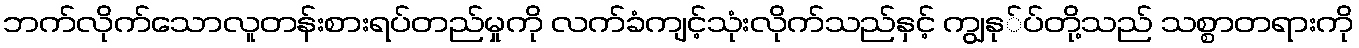
ဘက်လိုက်သောလူတန်းစားရပ်တည်မှုကို လက်ခံကျင့်သုံးလိုက်သည်နှင့် ကျွနု်ပ်တို့သည် သစ္စာတရားကို